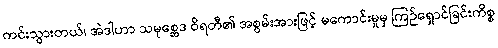
ကင်းသွားတယ်၊ အဲဒါဟာ သမုစ္ဆေဒ ဝိရတီ၏ အစွမ်းအားဖြင့် မကောင်းမှုမှ ကြဉ်ရှောင်ခြင်းကိစ္စ